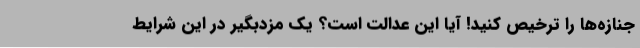
جنازه‌ها را ترخیص کنید! آیا این عدالت است؟ یک مزدبگیر در این شرایط